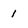
Character: I